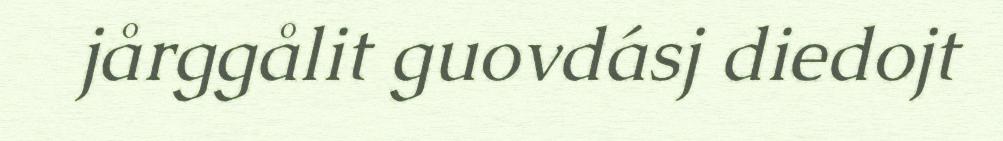
jårggålit guovdásj diedojt